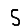
Digit: 5